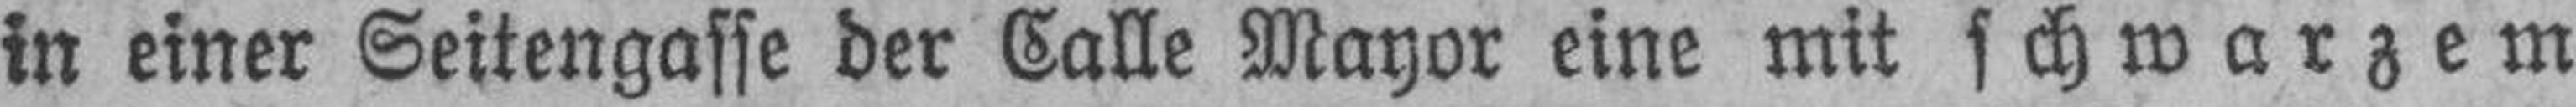
in einer Seitengasse der Calle Mayor eine mit schwarzem